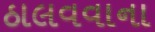
ઠાલવવાના